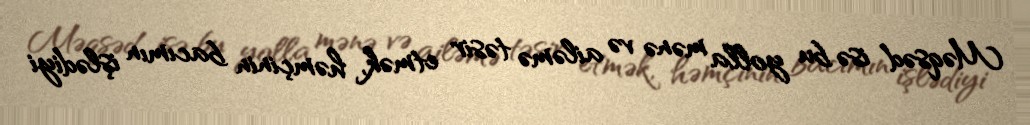
Məqsəd isə bu yolla mənə və ailəmə təsir etmək, həmçinin bacımın işlədiyi